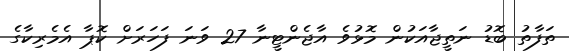
ތަފާތު ބޮޑު ނަތީޖާއަކުން މޮޅުވެ އާޖެންޓީނާ 27 ވަނަ ފަހަރަށް ކޮޕާ އެމެރިކާގެ